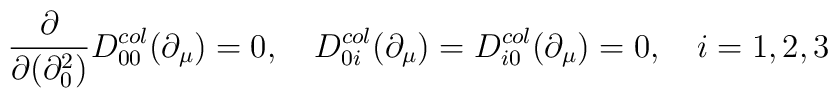
\frac{\partial}{\partial(\partial^2_0)} D^{col}_{00}(\partial_{\mu}) = 0,\quad D^{col}_{0i}(\partial_{\mu}) = D^{col}_{i0}(\partial_{\mu}) = 0,\quad i = 1, 2, 3